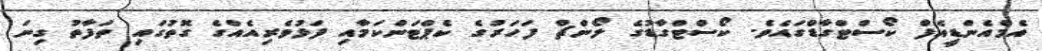
އެމްއެންޑީއެފް ކޯސްޓްގާޑްގައެވެ. ކޯސްޓްގާޑުގެ ލޯންޗް ފަހަރުގެ ކެޕްޓަންކަމާއި ފަޅުވެރިއެއްގެ ގޮތުގައި ތަފާތު ގިނަ